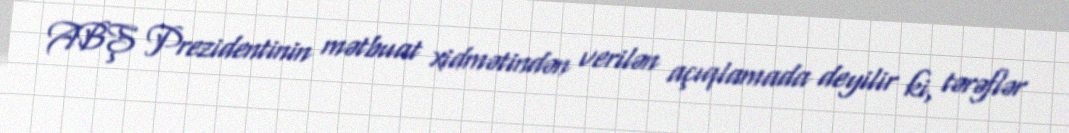
ABŞ Prezidentinin mətbuat xidmətindən verilən açıqlamada deyilir ki, tərəflər